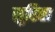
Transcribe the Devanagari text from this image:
सुहिता